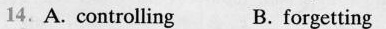
14.A. Controlling B. Forgetting